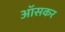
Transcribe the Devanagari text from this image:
ऑसकर